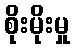
စိုးမိုးမှု